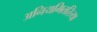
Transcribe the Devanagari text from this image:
अनियमितरित्या